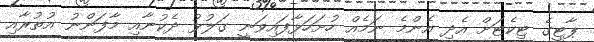
ޕާޓީގެ ޓިކެޓަށް އެދި އެންމެ ނަމެއް ހުށަހަޅާފައިވަނީ ގަލުޅު ދެކުނާއި މާފަންނު އުތުރާއި